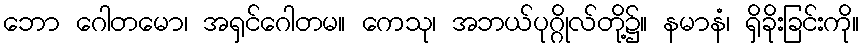
ဘော ဂေါတမော၊ အရှင်ဂေါတမ။ ကေသု၊ အဘယ်ပုဂ္ဂိုလ်တို့၌။ နမာနံ၊ ရှိခိုးခြင်းကို။